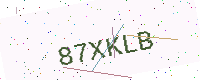
Text: 87XKLB